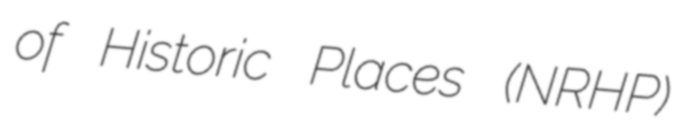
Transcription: of Historic Places (NRHP)